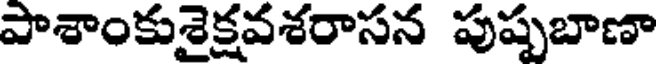
పాశాంకుశైక్షవశరాసన పుష్పబాణా